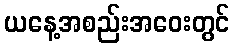
ယနေ့အစည်းအဝေးတွင်